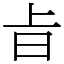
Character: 㫖